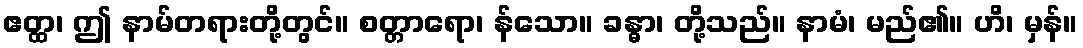
ဧတ္ထ၊ ဤ နာမ်တရားတို့တွင်။ စတ္တာရော၊ န်သော။ ခန္ဓာ၊ တို့သည်။ နာမံ၊ မည်၏။ ဟိ၊ မှန်။